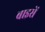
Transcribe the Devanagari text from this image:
बाइसें